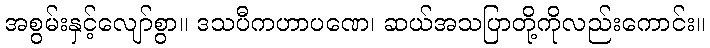
အစွမ်းနှင့်လျော်စွာ။ ဒသပီကဟာပဏေ၊ ဆယ်အသပြာတို့ကိုလည်းကောင်း။